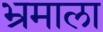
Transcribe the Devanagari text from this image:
भ्रमाला